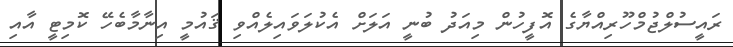
ރައީސުލްޖުމްހޫރިއްޔާގެ އޮފީހުން މިއަދު ބުނީ އަލަށް އެކުލަވައިލެއްވި ޤައުމީ އިނާމާބެހޭ ކޮމިޓީ އާއި